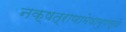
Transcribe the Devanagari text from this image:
नक्षत्राणामेषामुपस्थे